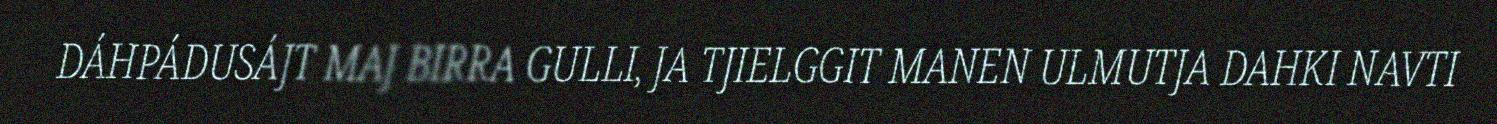
DÁHPÁDUSÁJT MAJ BIRRA GULLI, JA TJIELGGIT MANEN ULMUTJA DAHKI NAVTI